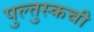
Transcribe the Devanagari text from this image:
पुल्तुस्कची